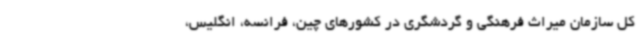
کل سازمان میراث فرهنگی و گردشگری در کشورهای چین، فرانسه، انگلیس،